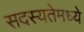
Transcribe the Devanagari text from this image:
सदस्यतेमध्ये